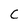
Character: C